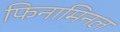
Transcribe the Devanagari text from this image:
फिनामिनल